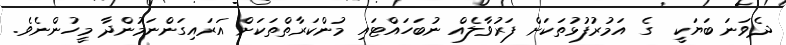
ދެވަނަ ބަޔަކީ  ގެ އަމުރުފުޅުތަކަށް ފަރުވާލެއް ނުބަހައްޓައި މުންކަރާތްތަކަށް އަރައިގަންނަމުންދާ މީހުންނެވެ.